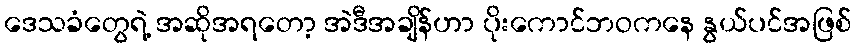
ဒေသခံတွေရဲ့ အဆိုအရတော့ အဲဒီအချိန်ဟာ ပိုးကောင်ဘဝကနေ နွယ်ပင်အဖြစ်